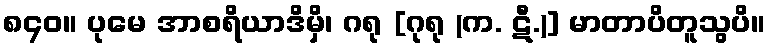
၈၄၀။ ပုမေ အာစရိယာဒိမှိ၊ ဂရု [ဂုရု (က. ဋီ.)] မာတာပိတူသွပိ။